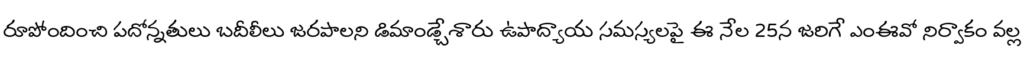
రూపోందించి పదోన్నతులు బదీలీలు జరపాలని డిమాండ్చేశారు ఉపాద్యాయ సమస్యలపై ఈ నేల 25న జరిగే ఎంఈవో నిర్వాకం వల్ల